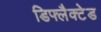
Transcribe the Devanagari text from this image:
डिफ्लैक्टेड